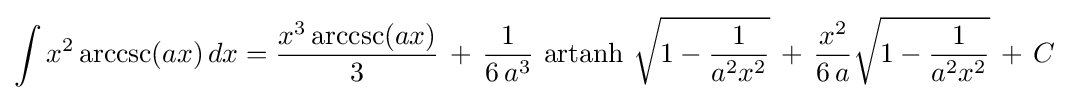
\int x^{2}\operatorname {arccsc}(ax)\,dx={\frac {x^{3}\operatorname {arccsc}(ax)}{3}}\,+\,{\frac {1}{6\,a^{3}}}\,\operatorname {artanh} \,{\sqrt {1-{\frac {1}{a^{2}x^{2}}}}}\,+\,{\frac {x^{2}}{6\,a}}{\sqrt {1-{\frac {1}{a^{2}x^{2}}}}}\,+\,C